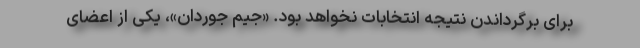
برای برگرداندن نتیجه انتخابات نخواهد بود. «جیم جوردان»، یکی از اعضای